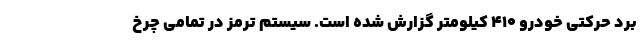
برد حرکتی خودرو 410 کیلومتر گزارش شده است. سیستم ترمز در تمامی چرخ